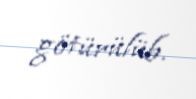
götürülüb.